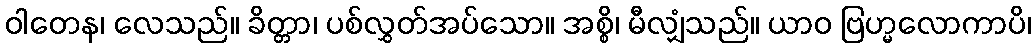
ဝါတေန၊ လေသည်။ ခိတ္တာ၊ ပစ်လွှတ်အပ်သော။ အစ္စိ၊ မီလျှံသည်။ ယာဝ ဗြဟ္မလောကာပိ၊